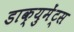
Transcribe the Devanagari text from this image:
डाक्युमेंट्स